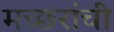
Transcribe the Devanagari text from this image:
मच्छरांची